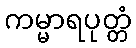
ကမ္မာရပုတ္တံ